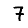
Digit: 7